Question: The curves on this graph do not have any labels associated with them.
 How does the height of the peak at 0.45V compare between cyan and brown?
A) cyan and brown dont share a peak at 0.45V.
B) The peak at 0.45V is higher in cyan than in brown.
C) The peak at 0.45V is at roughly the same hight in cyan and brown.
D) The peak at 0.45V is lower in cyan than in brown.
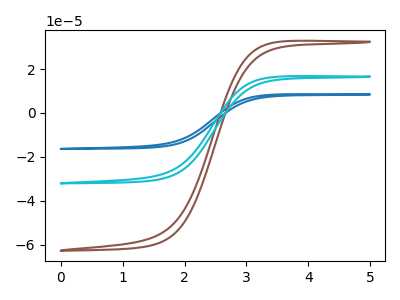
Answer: <think>The blue curve "blue" has no peaks. The brown curve "brown" has no peaks. The cyan curve "cyan" has no peaks.</think>
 <answer>A) "cyan" and "brown" dont share a peak at 0.45V.</answer>
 <eval>A</eval>